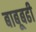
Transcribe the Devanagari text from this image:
बाबूबढी